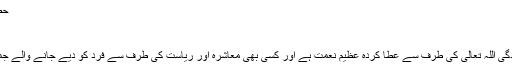
حصہ دوم: بنیادی انسانی حقوق[ترمیم]
یہ حصہ پانچ ابواب پر مشتمل ہے :
باب اول: انفرادی حقوق[ترمیم]
اس باب میں بیان کیا گیا ہے کہ زندگی اللہ تعالیٰ کی طرف سے عطا کردہ عظیم نعمت ہے اور کسی بھی معاشرہ اور ریاست کی طرف سے فرد کو دیے جانے والے جملہ حقوق زندگی پر ہی منحصر ہیں۔